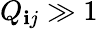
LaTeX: Q_{\mathbf{i}j}\gg1